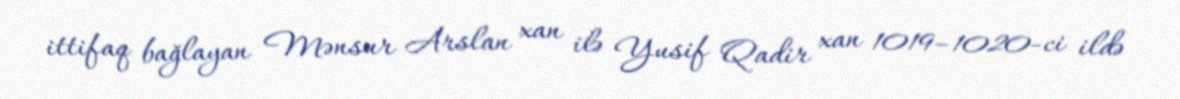
ittifaq bağlayan Mənsur Arslan xan ilə Yusif Qadir xan 1019–1020-ci ildə